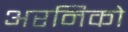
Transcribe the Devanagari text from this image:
अरनिको